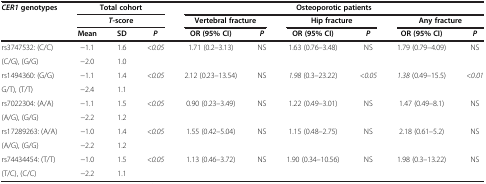
<table><thead><tr><td><b><i>CER1 </i>genotypes</b></td><td colspan="3"><b>Total cohort</b></td><td colspan="6"><b>Osteoporotic patients</b></td></tr><tr><td><b> </b></td><td colspan="3"><b><i>T</i>-score</b></td><td colspan="2"><b>Vertebral fracture</b></td><td colspan="2"><b>Hip fracture</b></td><td colspan="2"><b>Any fracture</b></td></tr><tr><td><b> </b></td><td><b>Mean</b></td><td><b>SD</b></td><td><b><i>P</i></b></td><td><b>OR (95% CI)</b></td><td><b><i>P</i></b></td><td><b>OR (95% CI)</b></td><td><b><i>P</i></b></td><td><b>OR (95% CI)</b></td><td><b><i>P</i></b></td></tr></thead><tbody><tr><td>rs3747532: (C/C)</td><td>−1.1</td><td>1.6</td><td rowspan="2"><i>&lt;0.05</i></td><td rowspan="2">1.71 (0.2–3.13)</td><td rowspan="2">NS</td><td rowspan="2">1.63 (0.76–3.48)</td><td rowspan="2">NS</td><td rowspan="2">1.79 (0.79–4.09)</td><td rowspan="2">NS</td></tr><tr><td>(C/G), (G/G)</td><td>−2.0</td><td>1.0</td></tr><tr><td>rs1494360: (G/G)</td><td>−1.1</td><td>1.4</td><td rowspan="2"><i>&lt;0.05</i></td><td rowspan="2">2.12 (0.23–13.54)</td><td rowspan="2">NS</td><td rowspan="2"><i>1.98</i> (0.3–23.22)</td><td rowspan="2"><i>&lt;0.05</i></td><td rowspan="2"><i>1.38</i> (0.49–15.5)</td><td rowspan="2"><i>&lt;0.01</i></td></tr><tr><td>G/T), (T/T)</td><td>−2.4</td><td>1.1</td></tr><tr><td>rs7022304: (A/A)</td><td>−1.1</td><td>1.5</td><td rowspan="2"><i>&lt;0.05</i></td><td rowspan="2">0.90 (0.23–3.49)</td><td rowspan="2">NS</td><td rowspan="2">1.22 (0.49–3.01)</td><td rowspan="2">NS</td><td rowspan="2">1.47 (0.49–8.1)</td><td rowspan="2">NS</td></tr><tr><td>(A/G), (G/G)</td><td>−2.2</td><td>1.2</td></tr><tr><td>rs17289263: (A/A)</td><td>−1.0</td><td>1.4</td><td rowspan="2"><i>&lt;0.05</i></td><td rowspan="2">1.55 (0.42–5.04)</td><td rowspan="2">NS</td><td rowspan="2">1.15 (0.48–2.75)</td><td rowspan="2">NS</td><td rowspan="2">2.18 (0.61–5.2)</td><td rowspan="2">NS</td></tr><tr><td>(A/G), (G/G)</td><td>−2.2</td><td>1.2</td></tr><tr><td>rs74434454: (T/T)</td><td>−1.0</td><td>1.5</td><td><i>&lt;0.05</i></td><td>1.13 (0.46–3.72)</td><td>NS</td><td>1.90 (0.34–10.56)</td><td>NS</td><td>1.98 (0.3–13.22)</td><td>NS</td></tr><tr><td>(T/C), (C/C)</td><td>−2.2</td><td>1.1</td><td> </td><td> </td><td> </td><td> </td><td> </td><td> </td><td> </td></tr></tbody></table>